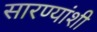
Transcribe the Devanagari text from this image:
सारण्यांशी